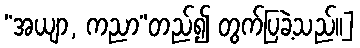
“အယျာ, ကညာ”တည်၍ တွက်ပြခဲ့သည်၊၊]